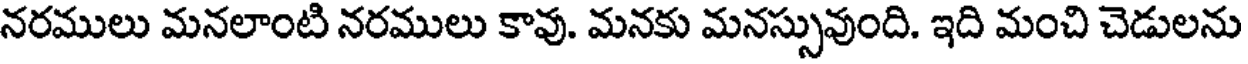
నరములు మనలాంటి నరములు కావు. మనకు మనస్సువుంది. ఇది మంచి చెడులను